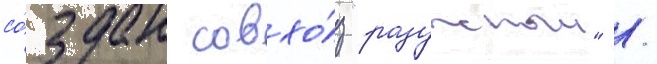
со́здан совхо́з "радужныи" /